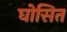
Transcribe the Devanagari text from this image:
घोसित